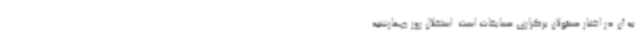
به آن در اختیار مسئولان برگزاری مسابقات است. استقلال روز چهارشنبه